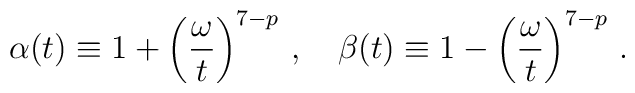
\alpha(t)\equiv 1+\left({\frac{\omega}{t}} \right)^{7-p}\,,\quad\beta(t)\equiv 1-\left({\frac{\omega}{t}} \right)^{7-p}\,.